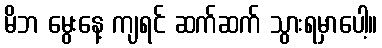
မိဘ မွေးနေ့ ကျရင် ဆက်ဆက် သွားရမှာပေါ့။